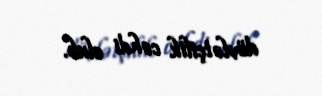
dövlətçilik cəhdi olub.